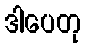
ဒါပေတု